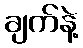
ချက်နဲ့